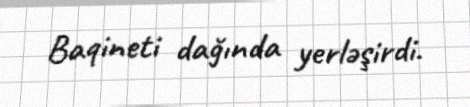
Baqineti dağında yerləşirdi.